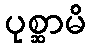
ပုစ္ဆာမိ